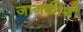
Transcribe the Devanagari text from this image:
जानकीशी